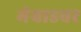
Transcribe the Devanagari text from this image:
मेवाडवर